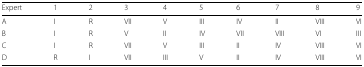
<table><thead><tr><td><b>Expert</b></td><td><b>1</b></td><td><b>2</b></td><td><b>3</b></td><td><b>4</b></td><td><b>5</b></td><td><b>6</b></td><td><b>7</b></td><td><b>8</b></td><td><b>9</b></td></tr></thead><tbody><tr><td>A</td><td>I</td><td>R</td><td>VII</td><td>V</td><td>III</td><td>IV</td><td>II</td><td>VIII</td><td>VI</td></tr><tr><td>B</td><td>I</td><td>R</td><td>V</td><td>II</td><td>IV</td><td>VII</td><td>VIII</td><td>VI</td><td>III</td></tr><tr><td>C</td><td>I</td><td>R</td><td>VII</td><td>V</td><td>III</td><td>II</td><td>IV</td><td>VIII</td><td>VI</td></tr><tr><td>D</td><td>R</td><td>I</td><td>VII</td><td>III</td><td>V</td><td>II</td><td>IV</td><td>VIII</td><td>VI</td></tr></tbody></table>